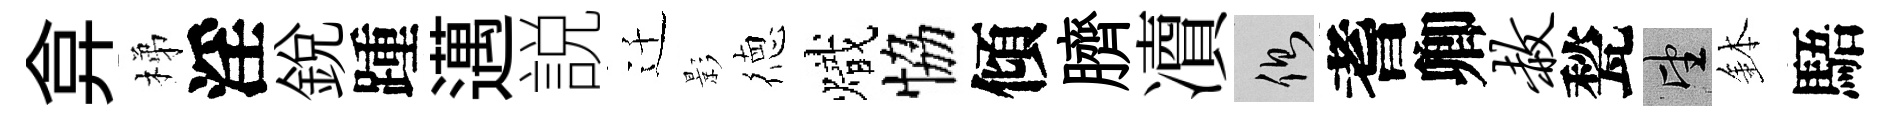
弇梯淫銳踵邁説迁影徳熾恊傾臍凟側耆卿赦甃望鉢䮏